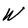
Character: W